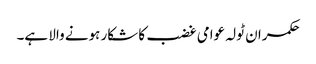
حکمران ٹولہ عوامی غضب کا شکار ہونے والا ہے۔